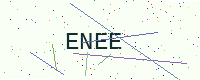
Text: ENEE